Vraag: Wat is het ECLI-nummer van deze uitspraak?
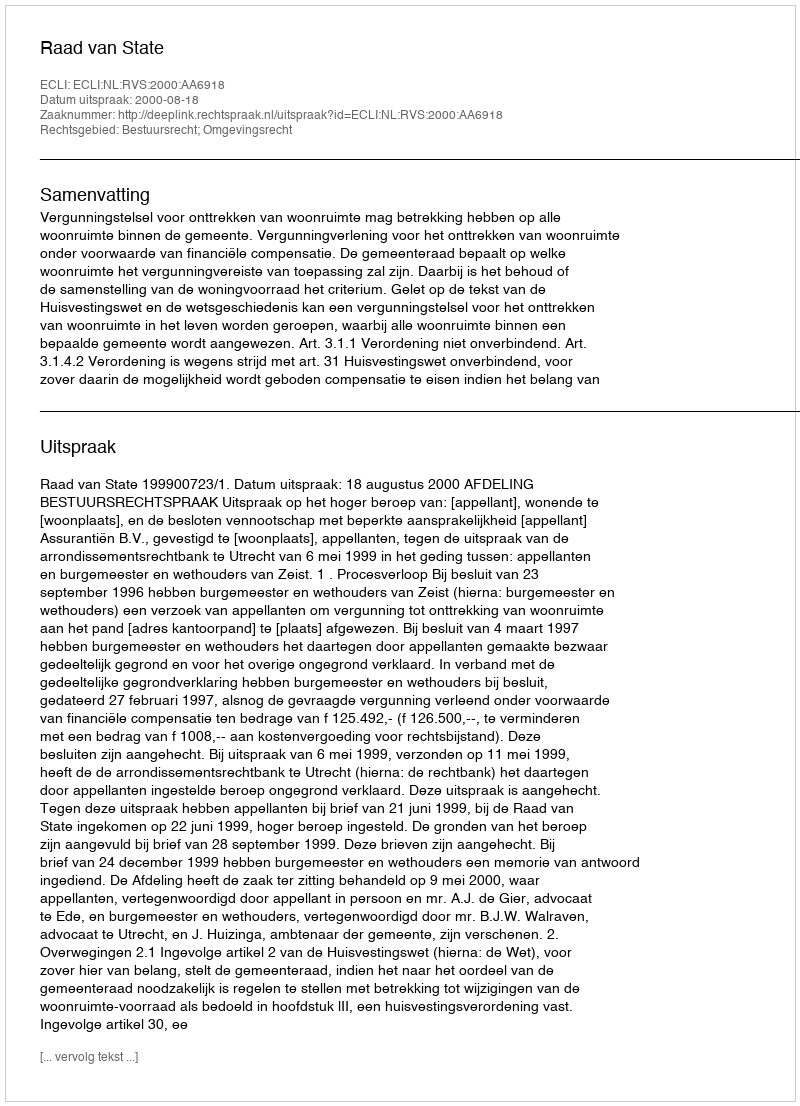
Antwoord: ECLI:NL:RVS:2000:AA6918